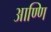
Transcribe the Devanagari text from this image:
आण्णि